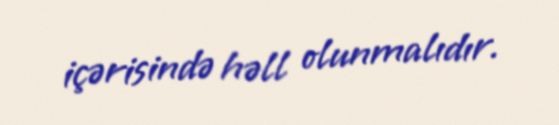
içərisində həll olunmalıdır.